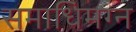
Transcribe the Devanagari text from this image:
समाधिमग्न